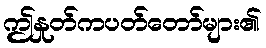
ဤနှုတ်ကပတ်တော်များ၏